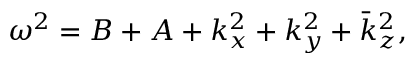
\omega ^ { 2 } = B + A + k _ { x } ^ { 2 } + k _ { y } ^ { 2 } + \bar { k } _ { z } ^ { 2 } ,